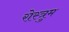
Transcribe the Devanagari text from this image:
रोस्त्रुम